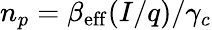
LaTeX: n_{p}=\beta_{\mathrm{eff}}(I/q)/\gamma_{c}